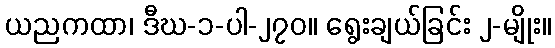
ယညကထာ၊ ဒီဃ-၁-ပါ-၂၇၀။ ရွေးချယ်ခြင်း ၂-မျိုး။